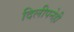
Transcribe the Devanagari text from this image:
दिलीपनेही